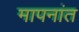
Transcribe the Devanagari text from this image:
मापनांत